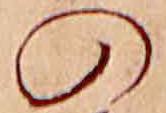
の